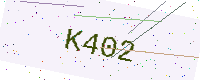
Text: K402